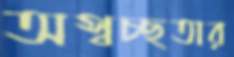
অস্বচ্ছতার